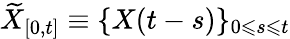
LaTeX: \widetilde{X}_{[0,t]}\equiv\{ X(t-s)\} _{0\leqslant s\leqslant t}